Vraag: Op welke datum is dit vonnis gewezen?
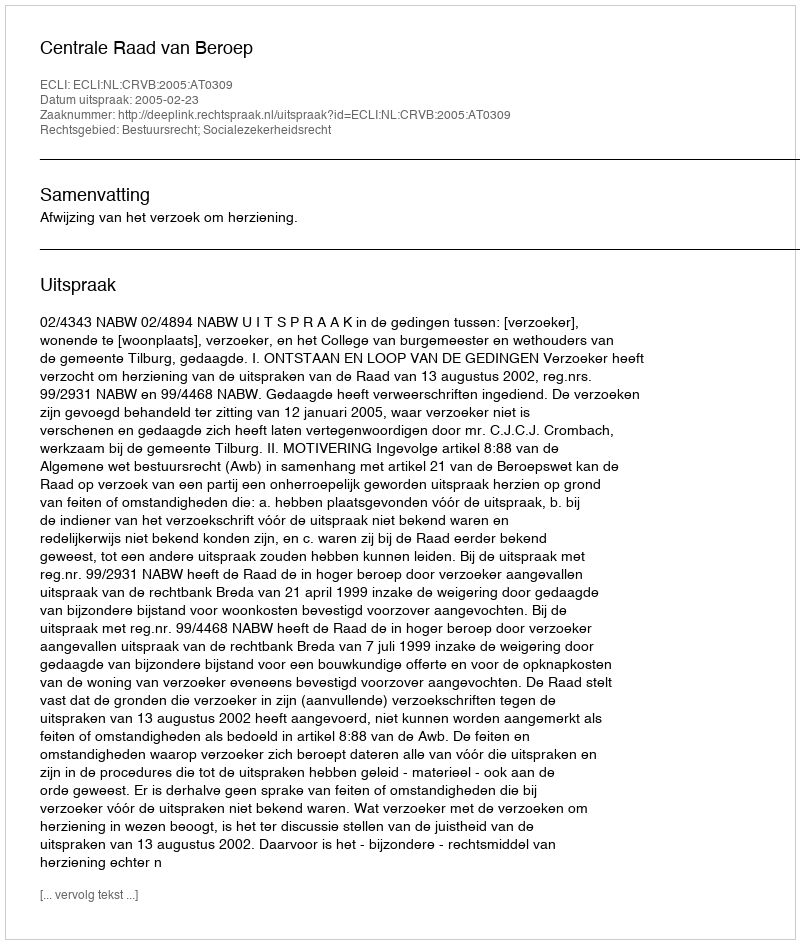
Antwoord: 2005-02-23